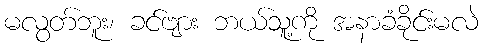
မလွတ်ဘူး၊ ခင်ဗျား ဘယ်သူ့ကို အနာခံခိုင်းမလဲ